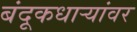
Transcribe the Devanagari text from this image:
बंदूकधार्‍यांवर